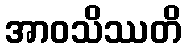
အာဝသိဿတိ